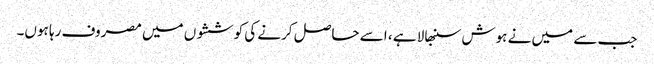
جب سے میں نے ہوش سنبھالا ہے ، اسے حاصل کرنے کی کوششوں میں مصروف رہا ہوں۔